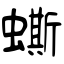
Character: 蟖